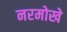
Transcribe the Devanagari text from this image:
नरमोखे